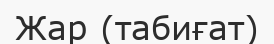
Жар (табиғат)